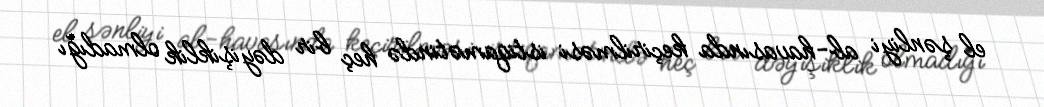
el şənliyi ab-havasında keçirilməsi istiqamətində heç bir dəyişiklik olmadığı